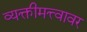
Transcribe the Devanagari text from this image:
व्यक्तीमत्त्वावर